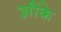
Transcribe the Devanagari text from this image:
झौंके